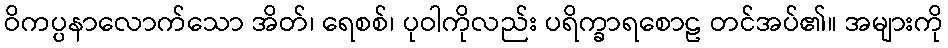
ဝိကပ္ပနာလောက်သော အိတ်၊ ရေစစ်၊ ပုဝါကိုလည်း ပရိက္ခာရစောဠ တင်အပ်၏။ အများကို